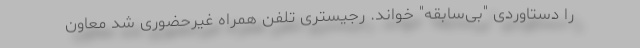
را دستاوردی "بی‌سابقه" خواند. رجیستری تلفن همراه غیرحضوری شد معاون